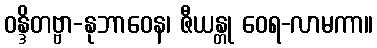
ဝန္ဒိတဗ္ဗာ-နုဘာဝေန၊ ဇီယန္တု ဝေရ-လာမကာ။